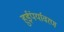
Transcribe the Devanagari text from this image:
हुईंपर्यावरण